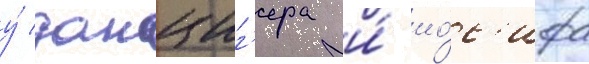
у́ данциг'ера и́ ио́с'ифа